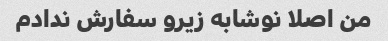
من اصلا نوشابه زیرو سفارش ندادم